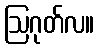
ဩဂုတ်လ။